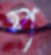
প